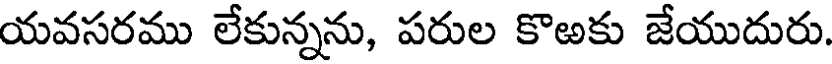
యవసరము లేకున్నను, పరుల కొఱకు జేయుదురు.